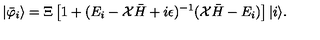
| { \bar { \varphi } } _ { i } \rangle = \Xi \left[ 1 + ( E _ { i } - { \cal X } { \bar { H } } + i \epsilon ) ^ { - 1 } ( { \cal X } { \bar { H } } - E _ { i } ) \right] | i \rangle .